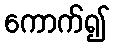
ကောက်၍